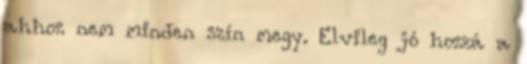
ahhoz nem minden szín megy. Elvileg jó hozzá a